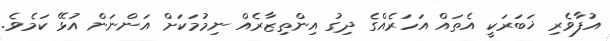
އުފާވެރި ޚަބަރަކީ އެތައް އަހަރެއްގެ ދިގު އިންތިޒާރެއް ނިމުމަކަށް އަންނަން އުޅޭ ކަމެވެ.